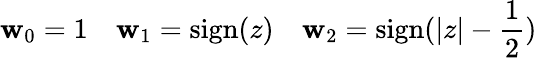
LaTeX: \mathbf{w}_{0}=1\ \ \ \ \mathbf{w}_{1}=\mathrm{{sign}}(z)\ \ \ \ \mathbf{w}_{2}=\mathrm{{sign}}(|z|-{\frac{{1}}{{2}}})